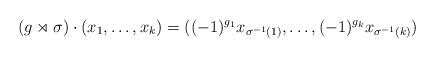
LaTeX: \begin{align*} (g \rtimes \sigma)\cdot (x_1,\ldots, x_k)= ((-1)^{g_1} x_{\sigma^{-1}(1)},\ldots, (-1)^{g_k}x_{\sigma^{-1}(k)}) \end{align*}